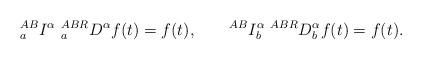
LaTeX: \begin{align*} ^{AB}_{a}I^\alpha ~^{ABR}_{a}D^\alpha f(t)=f(t),\quad~~~^{AB}I_b^\alpha ~^{ABR}D_b^\alpha f(t)=f(t). \end{align*}